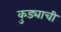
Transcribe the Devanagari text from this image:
कुड्याची